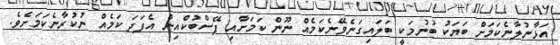
އަޅާނުލާނެކަމަށް ބަޔަކު ބުނުމަކީ ބަލައިގަނެވޭނެކަމެއް ނޫން ކަމަށާއި ފޭސްބުކްއިން އެފަދަ ކަމެއް ނުކުރާނެކަމަށެވެ.